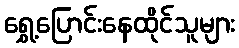
ရွှေ့ပြောင်းနေထိုင်သူများ